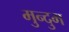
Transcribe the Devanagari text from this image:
मुन्दुम